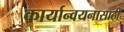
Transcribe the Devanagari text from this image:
कार्यान्वयनासाठी